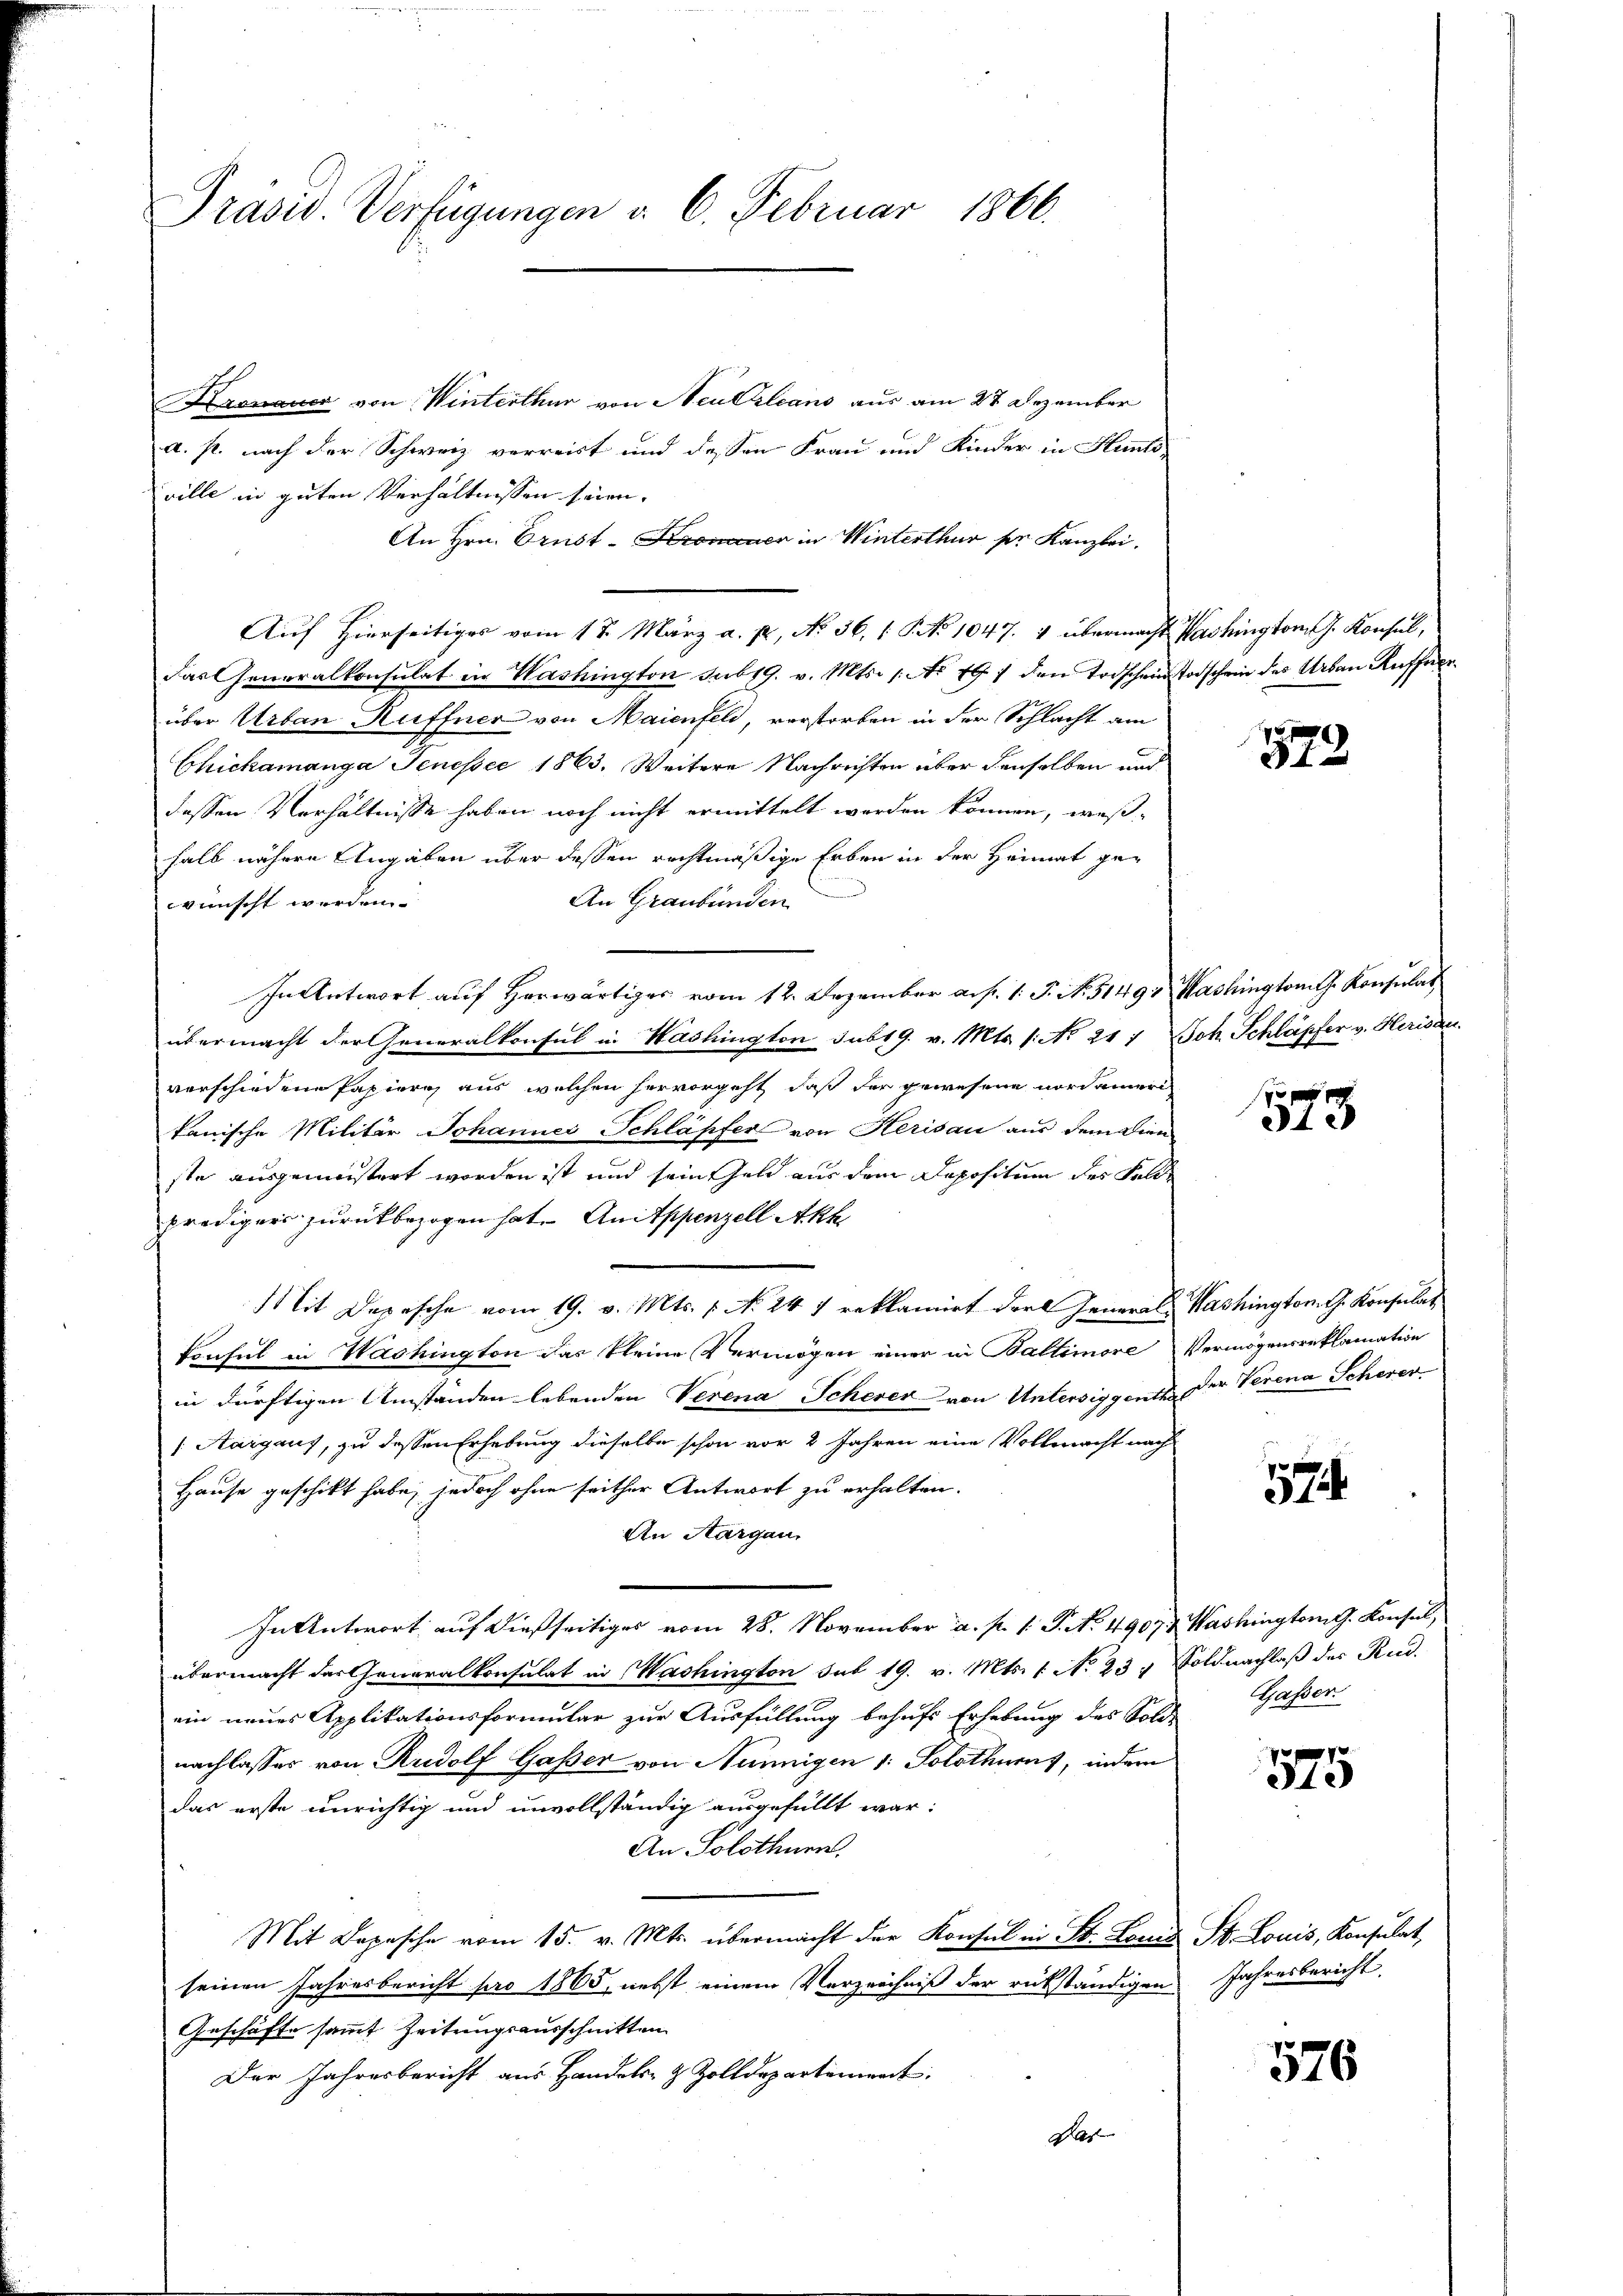
Präsid. Verfügungen d. 6. Februar 1866.

Kronauer von Winterthur von Neukleans aus am 27 Dezember
a. p. nach der Schweiz verreist und dessen Frau und Kinder in Hunts
ville in guten Verhältnissen seien.
An Hrn. Prust-Kronauer in Winterthur pr. Kanzlei.
Auf hierseitiges vom 17. März a. p. No 36. 1. No 1047. 4 übermacht Washington J. Konsul,
das Generalkonsulat in Washington sub 19. v. Mts. 1. No 797 den Todschein Vorschein des Urban Kufferüber Urban Kuffner von Maienfeld, verstorben in der Schlacht am
Chickamanga Jenessee 1863. Weitere Nachrichten über denselben und
dessen Verhältnisse haben noch nicht ermittelt werden können, weß-
halb nähere Angaben über dessen rechtmäßige Erben in der Heimat ge¬
An Graubünden
wünscht werden.
übermacht der Generalkonsul in Washington sub 19. v. Mts. 1. No 217. Joh. Schläpfer v. Herisau.
verschiedene Papiere aus welchen hervorgeht, daß der gewesene Nordameri
kanische Militär Johannes Schläpfer von Herisau aus dem Dien
ste ausgemeistert worden ist und sein Geld aus dem Depositum des Felde
predigers zurückbezogen hat. Anitppenzell Akk
Mit Depesche vom 19. v. Mts. 1. No. 247 reklamirt dort General-Washington. G. Konsulat
Consul in Washington das kleine Vermögen einer in Baltimore Vermögensreklamation
in dürftigen Umständen lebenden Verena Schever von Untersiggent der Verena Scherer
/ Aargaus, zu dessen Erhebung dieselbe schon vor 2 Jahren eine Vollmacht nach
Hause geschikt habe, jedoch ohne seither Antwort zu erhalten.
An Aargau,
In Antwort auf dießseitiges vom 28. November a. p. 1. P. No. 49074 Washingtong. Konsul,
übermacht der Generalkonsulat in Washington sub 19. v. Mts. 1. No 23. Soldnachlaß der Rud.
ein neues Applikationsformular zur Ausfüllung behufs Erhebung des Sold-
nachlasses von Rudolf Gasser von Nunnigen 1: Solothus, indem
das erste unrichtig und unvollständig ausgefüllt war:
An Solothurn.
Mit Depesche vom 15. v. Mts. übermacht der Konsul in St. Louis St. Louis, Konsulat,
seinen Jahresbericht pro 1865, nebst einem Verzeichniß der rückständigen Jahresbericht
Geschäfte sammt Zeitungsausschnitten
Der Jahresbericht aus Handels- & Zolldepartement,
Das

In Antwort auf Herwärtiges vom 12. Dezember a. p. 1. J. N. 51493 Washington G. Konsulat

573

.

f
573

57

jasser.

575

576